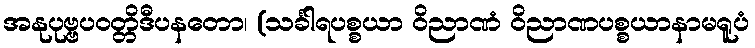
အနုပုဗ္ဗပဝတ္တိဒီပနတော၊ (သင်္ခါရပစ္စယာ ဝိညာဏံ ဝိညာဏပစ္စယာနာမရူပံ